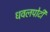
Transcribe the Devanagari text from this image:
धवलपोटी